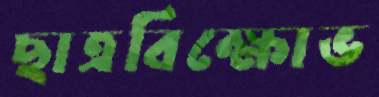
ছাত্রবিক্ষোভ